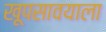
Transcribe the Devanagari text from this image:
खूपसावयाला